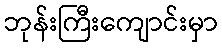
ဘုန်းကြီးကျောင်းမှာ